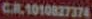
CR.1010827374